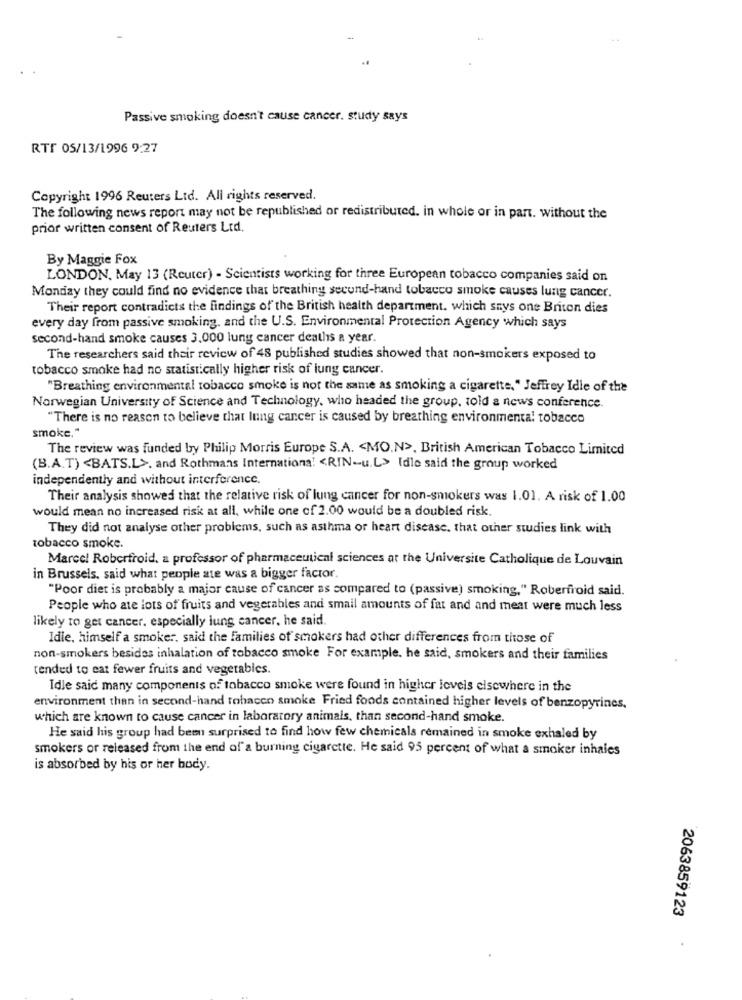
Passive smoking doesn't cause cancer. study says
RTF 05/13/1996 9:27
Copyright 1996 Reuters Lid. All rights reserved.
The following news report may not be republished or redistributed. in whole or in part. without the
prior written consent of Reuters Ltd.
By Maggie Fox
LONDON, May 13 (Reuter) - Scientists working for three European tobacco companies said on
Monday they could find no evidence that breathing second-hand tobacco smoke causes lung cancer.
Their report contradicts the findings of the British health department. which says one Briton dies
every day from passive smoking, and the U.S. Environmental Protection Agency which says
second-hand smoke causes 3.000 lung cancer deaths a year.
The researchers said their review of 48 published studies showed that non-smokers exposed to
tobacco smoke had no statistically higher risk of lung cancer.
"Breathing environmental tobacco smoke is not the same as smoking a cigarette, " Jeffrey Idle of the
Norwegian University of Science and Technology, who headed the group, told a news conference.
"There is no reason to believe that lung cancer is caused by breathing environmental tobacco
smoke."
The review was funded by Philip Morris Europe S.A. < MO.N>, British American Tobacco Limited
(B.A.T) <BATS.L>. and Rothmans International <RIN-u.L> [die said the group worked
independently and without interference.
Their analysis showed that the relative risk of lung cancer for non-smokers was 1.01. A risk of 1.00
would mean no increased risk at all, while one of 2.00 would be a doubled risk.
They did not analyse other problems, such as asthma or heart disease, that other studies link with
tobacco smoke.
Marcel Roberfroid, a professor of pharmaceutical sciences at the Universite Catholique de Louvain
in Brussels, said what people ate was a bigger factor.
"Poor diet is probably a major cause of cancer as compared to (passive) smoking," Roberfroid said.
People who ate lots of fruits and vegetables and small amounts of fat and and meat were much less
likely to get cancer. especially lung cancer, he said.
Idie, himself a smoker. said the families of smokers had other differences from those of
non-smokers besides inhalation of tobacco smoke For example. he said, smokers and their families
tended to eat fewer fruits and vegetables.
Idle said many components of tobacco smoke were found in higher levels elsewhere in the
environment than in second-hand tobacco smoke Fried foods contained higher levels of benzopyrines,
which are known to cause cancer in laboratory animals, than second-hand smoke.
He said his group had been surprised to find how few chemicals remained in smoke exhaled by
smokers or released from the end of' a burning cigarette. He said 95 percent of what a smoker inhales
is absorbed by his or her body.
2063859123